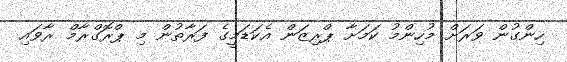
ހިންގުން ވަރަށް މުހިންމު ކަމަށާ ޕްރިޒަން އެކަޑަމީގެ ފަރާތުން މި ޕްރޮގްރާމް ރާވައި